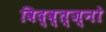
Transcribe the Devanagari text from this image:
विद्व्त्ज्नो